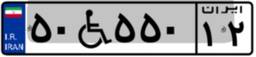
۵۰W۵۵۰۱۲